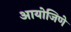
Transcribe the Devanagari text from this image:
आयोजिणे